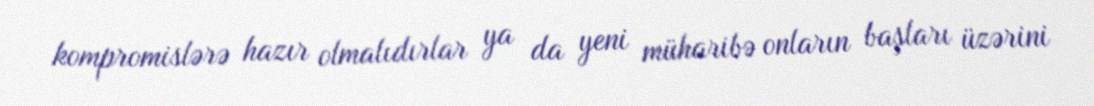
kompromislərə hazır olmalıdırlar ya da yeni müharibə onların başları üzərini